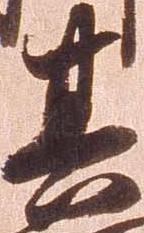
其